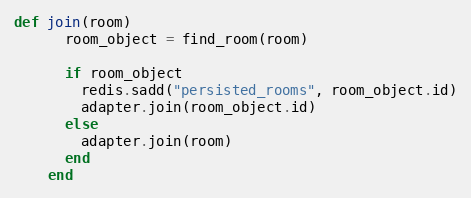
Language: Ruby
def join(room)
      room_object = find_room(room)

      if room_object
        redis.sadd("persisted_rooms", room_object.id)
        adapter.join(room_object.id)
      else
        adapter.join(room)
      end
    end